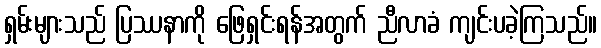
ရှမ်းများသည် ပြဿနာကို ဖြေရှင်းရန်အတွက် ညီလာခံ ကျင်းပခဲ့ကြသည်။